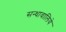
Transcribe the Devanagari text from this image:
सन्धावालिये